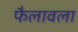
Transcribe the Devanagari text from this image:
फैलावला